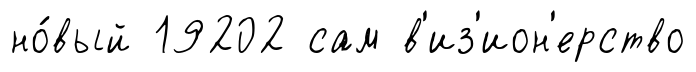
но́вый 19202 сам в'из'ион'ерство